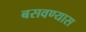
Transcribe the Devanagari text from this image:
बसवण्‍यास